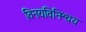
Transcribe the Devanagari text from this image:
विनयविनिश्चय